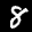
Label: 8